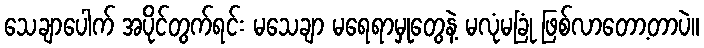
သေချာပေါက် အပိုင်တွက်ရင်း မသေချာ မရေရာမှုတွေနဲ့ မလုံမခြုံ ဖြစ်လာတော့တာပဲ။